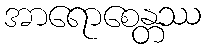
အာရောစေန္တဿ